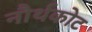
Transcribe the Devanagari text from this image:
नौर्थकोट